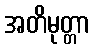
အတိမုတ္တာ